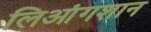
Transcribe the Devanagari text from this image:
लिआंगशान